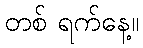
တစ် ရက်နေ့။